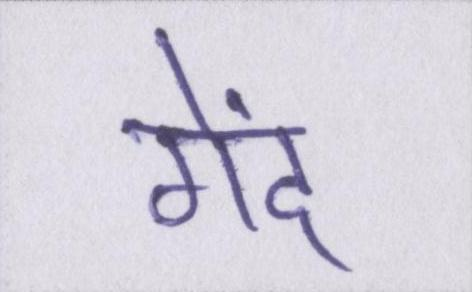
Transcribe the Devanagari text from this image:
गेंद